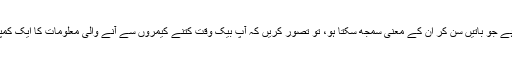
لیکن اگر آپ کے پاس کوئی ایسا سافٹ وئر ہے جو باتیں سن کر ان کے معنی سمجھ سکتا ہو، تو تصور کریں کہ آپ بیک وقت کتنے کیمروں سے آنے والی معلومات کا ایک کمپیوٹر کے ذریعے فوراً جائزہ لے سکتے ہیں۔